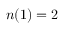
n ( 1 ) = 2